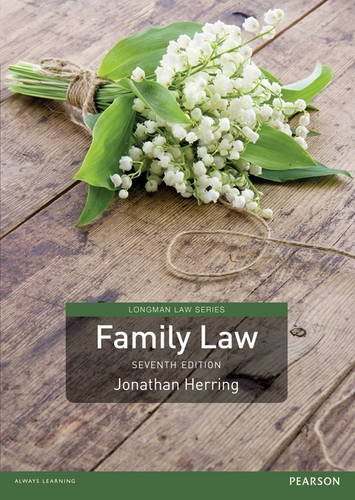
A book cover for Family Law (Longman Law Series); Jonathan Herring; Law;